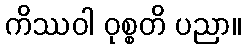
ကိဿဝါ ဝုစ္စတိ ပညာ။